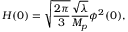
H ( 0 ) = \sqrt { \frac { 2 \pi } { 3 } } \frac { \sqrt { \lambda } } { M _ { p } } \phi ^ { 2 } ( 0 ) ,